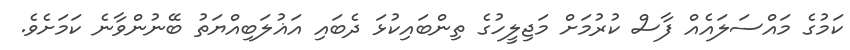
ކަމުގެ މައްސަލައެއް ފާސް ކުރުމަށް މަޖިލީހުގެ ތިންބައިކުޅަ ދެބައި އަޣުލަބިއްޔަތު ބޭނުންވާނެ ކަމަށެވެ.